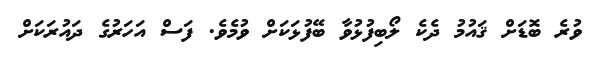
ވުރެ ބޮޑަށް ޤައުމު ދެކެ ލޯބިފުޅުވާ ބޭފުޅަކަށް ވުމެވެ. ފަސް އަހަރުގެ ދައުރަކަށް